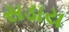
સડાય